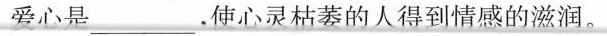
爱心是___，使心灵枯萎的人得到情感的滋润。